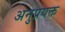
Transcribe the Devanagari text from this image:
अनुप्रयक्त